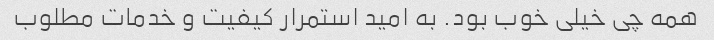
همه چی خیلی خوب بود. به امید استمرار کیفیت و خدمات مطلوب